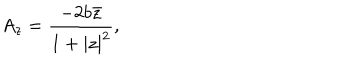
A _ { z } = \frac { - 2 b \bar { z } } { 1 + | z | ^ { 2 } } ,